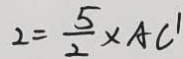
2 = \frac { 5 } { 2 } \times A C ^ { \prime }